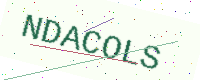
Text: NDACOLS